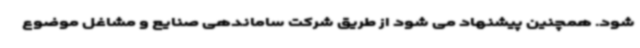
شود. همچنین پیشنهاد می شود از طریق شرکت ساماندهی صنایع و مشاغل موضوع